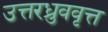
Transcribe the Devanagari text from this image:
उत्तरध्रुववृत्त